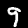
Label: 9